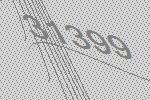
31399